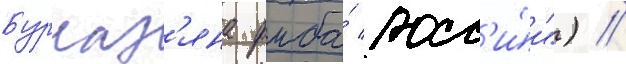
Бурназ'яна фмба́ росс'и́и") //